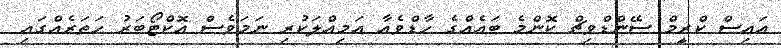
އައިސް ކްރީމް ސޭންޑްވިޗް ކޮންމެ ބައެއްގެ ހާޑްވެއާ އަމިއްލަކުރި ނަމަވެސް އޮކްޓޯބަރު ހަތަރެއްގައި